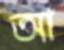
আ